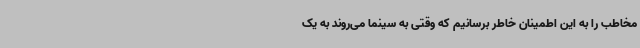
مخاطب را به این اطمینان خاطر برسانیم که وقتی به سینما می‌روند به یک